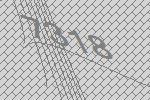
7318